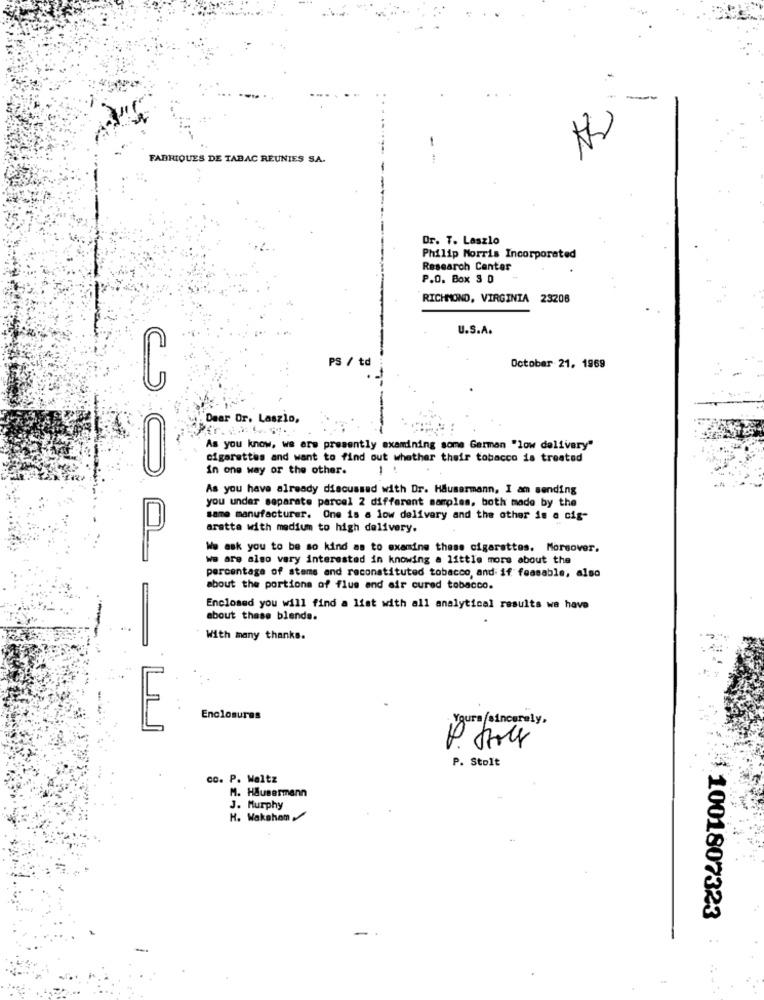
-
FABRIQUES DE TABAC REUNIES SA.
Dr. T. Laszlo
Philip Morris Incorporated
Research Center
P.O. Box 3 0
RICHMOND, VIRGINIA 23208
U.S.A.
PS / td
October 21. 1969
Dear Or. Laszlo,
As you know, we are presently examining some German "low delivery"
cigarettes and want to find out whether their tobacco is treated
in one way or the other.
-
As you have already discussed with Dr. Hausermann, I am sending
you under separate parcel 2 different samples, both made by the
same manufacturer. One is a low delivery and the other is a cig-
aratta with medium to high delivery.
We ask you to be so kind as to examine these cigarettes. Morsover.
we are also very interested in knowing a little more about the
percentage of stems and reconstituted tobacco, and if fossable, also
about the portions of flus and air cured tobacco.
Enclosed you will find a list with all analytical results we have
about these blends.
With many thanks.
Enclosures
Yours sincerely,
P. Stoly
P. Stolt
cc. P. Waltz
M. Häusermann
J. Murphy
H. Wakehan
1001807323